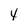
Character: 4